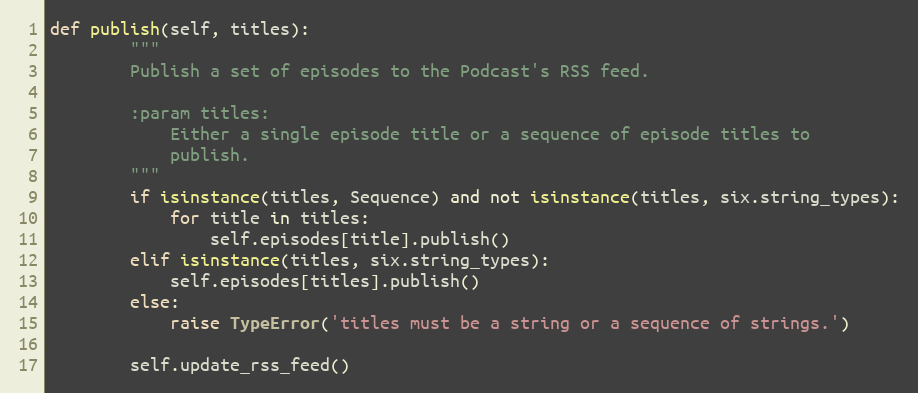
Language: Python
def publish(self, titles):
        """
        Publish a set of episodes to the Podcast's RSS feed.

        :param titles:
            Either a single episode title or a sequence of episode titles to
            publish.
        """
        if isinstance(titles, Sequence) and not isinstance(titles, six.string_types):
            for title in titles:
                self.episodes[title].publish()
        elif isinstance(titles, six.string_types):
            self.episodes[titles].publish()
        else:
            raise TypeError('titles must be a string or a sequence of strings.')

        self.update_rss_feed()